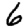
Digit: 6